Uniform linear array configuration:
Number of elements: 32
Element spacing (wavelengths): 1
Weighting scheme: hann
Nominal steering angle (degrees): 15
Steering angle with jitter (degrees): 15.364
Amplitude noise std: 0.05
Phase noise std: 0.05

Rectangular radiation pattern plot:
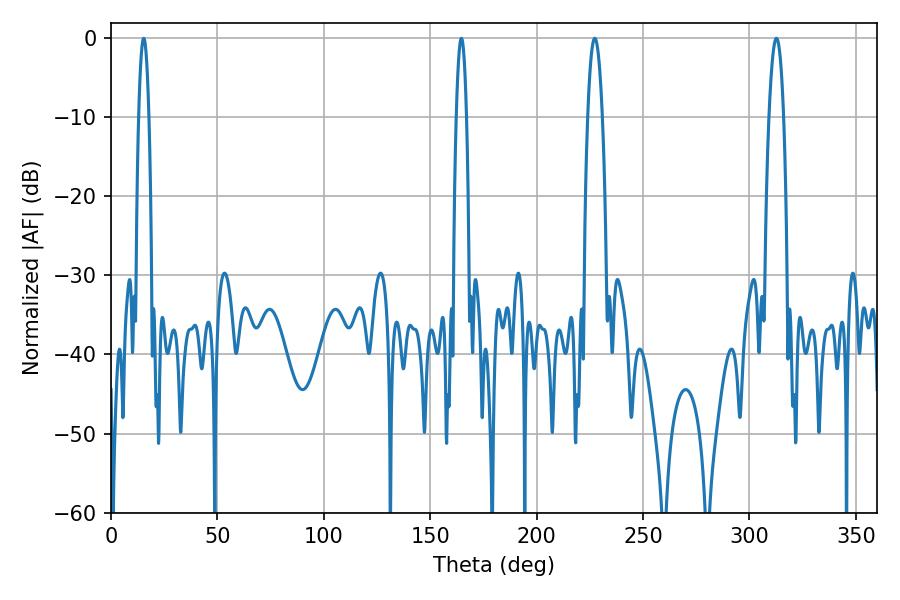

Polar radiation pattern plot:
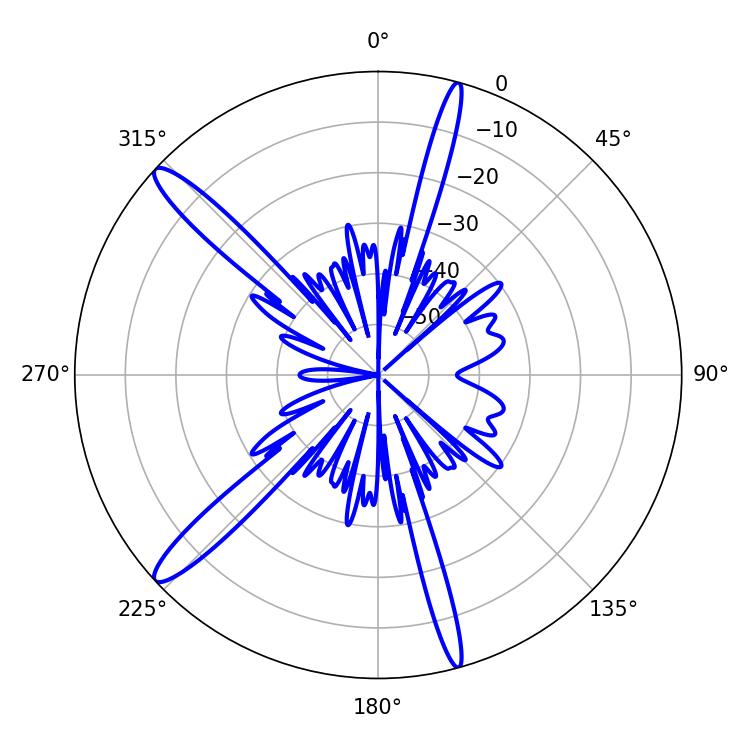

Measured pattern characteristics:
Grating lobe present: TRUE
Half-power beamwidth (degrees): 3.78
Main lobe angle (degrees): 312.66